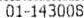
01-143008